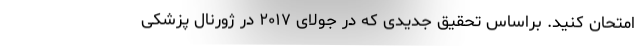
امتحان کنید. براساس تحقیق جدیدی که در جولای ۲۰۱۷ در ژورنال پزشکی